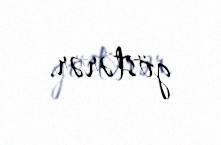
göstərər.